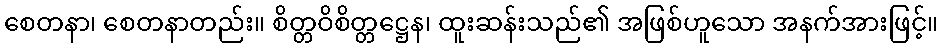
စေတနာ၊ စေတနာတည်း။ စိတ္တဝိစိတ္တဋ္ဌေန၊ ထူးဆန်းသည်၏ အဖြစ်ဟူသော အနက်အားဖြင့်။